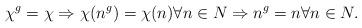
LaTeX: \begin{align*} \chi^g = \chi \Rightarrow \chi(n^g) = \chi (n) \forall n \in N \Rightarrow n^g = n \forall n \in N. \end{align*}